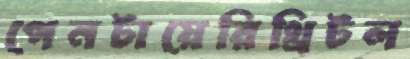
পেনটায়েরিথ্রিটল